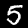
Label: 5